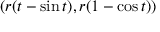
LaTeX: ( r ( t - \sin t ) , r ( 1 - \cos t ) )